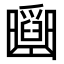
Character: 𠚡